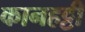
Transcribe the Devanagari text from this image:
कानहट्टी